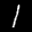
Label: 1